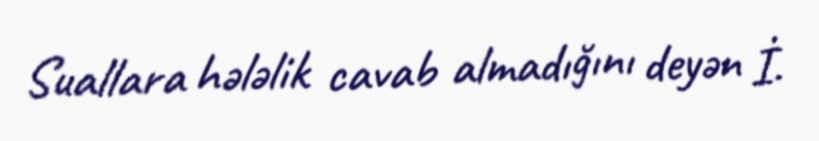
Suallara hələlik cavab almadığını deyən İ.